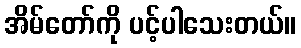
အိမ်တော်ကို ပင့်ပါသေးတယ်။